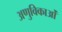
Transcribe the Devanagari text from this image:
अणुविकाओं